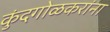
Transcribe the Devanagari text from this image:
कुंदगोळकरांना